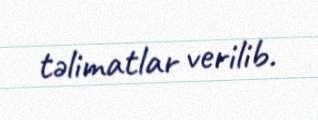
təlimatlar verilib.